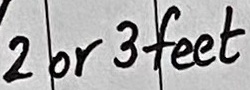
Text: 2 or 3 feet